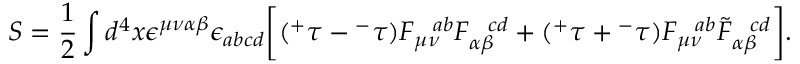
S = \frac { 1 } { 2 } \int d ^ { 4 } x \epsilon ^ { \mu \nu \alpha \beta } \epsilon _ { a b c d } \bigg [ ( { ^ + } \tau - { ^ - } \tau ) F _ { \mu \nu } ^ { ~ ~ a b } F _ { \alpha \beta } ^ { ~ ~ c d } + ( { ^ + } \tau + { ^ - } \tau ) F _ { \mu \nu } ^ { ~ ~ a b } \tilde { F } _ { \alpha \beta } ^ { ~ ~ c d } \bigg ] .